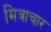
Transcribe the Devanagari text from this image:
मित्राचार